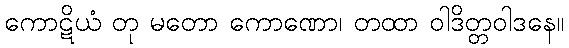
ကောဋိယံ တု မတော ကောဏော၊ တထာ ဝါဒိတ္တဝါဒနေ။